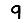
Digit: 9